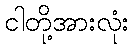
ငါတို့အားလုံး